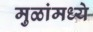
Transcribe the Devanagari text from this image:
मुळांमध्ये